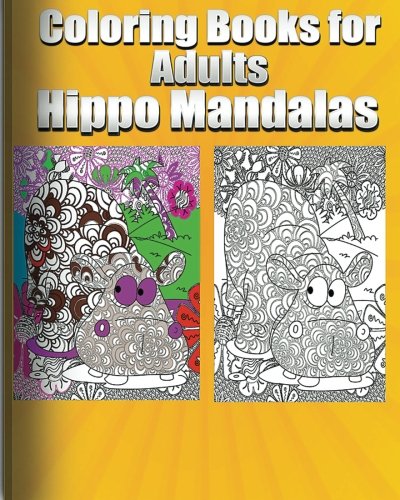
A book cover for Coloring Book for Adults Hippo Mandalas; Coloring Book Fun; Comics & Graphic Novels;